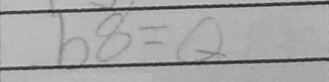
Transcription: b8=Q